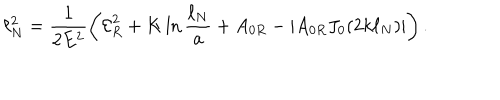
\ell _ { N } ^ { 2 } = \frac { 1 } { 2 E ^ { 2 } } \left( { \cal E } _ { R } ^ { 2 } + K \ln \frac { \ell _ { N } } { a } + A _ { 0 R } - | A _ { 0 R } J _ { 0 } ( 2 k \ell _ { N } ) | \right) .